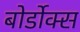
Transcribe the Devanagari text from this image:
बोर्डोक्स